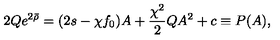
2 Q e ^ { 2 \bar { \rho } } = ( 2 s - \chi f _ { 0 } ) A + \frac { \chi ^ { 2 } } { 2 } Q A ^ { 2 } + c \equiv P ( A ) ,